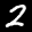
Label: 2